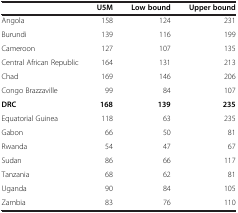
<table><thead><tr><td><b> </b></td><td><b>U5M</b></td><td><b>Low bound</b></td><td><b>Upper bound</b></td></tr></thead><tbody><tr><td>Angola</td><td>158</td><td>124</td><td>231</td></tr><tr><td>Burundi</td><td>139</td><td>116</td><td>199</td></tr><tr><td>Cameroon</td><td>127</td><td>107</td><td>135</td></tr><tr><td>Central African Republic</td><td>164</td><td>131</td><td>213</td></tr><tr><td>Chad</td><td>169</td><td>146</td><td>206</td></tr><tr><td>Congo Brazzaville</td><td>99</td><td>84</td><td>107</td></tr><tr><td><b>DRC</b></td><td><b>168</b></td><td><b>139</b></td><td><b>235</b></td></tr><tr><td>Equatorial Guinea</td><td>118</td><td>63</td><td>235</td></tr><tr><td>Gabon</td><td>66</td><td>50</td><td>81</td></tr><tr><td>Rwanda</td><td>54</td><td>47</td><td>67</td></tr><tr><td>Sudan</td><td>86</td><td>66</td><td>117</td></tr><tr><td>Tanzania</td><td>68</td><td>62</td><td>81</td></tr><tr><td>Uganda</td><td>90</td><td>84</td><td>105</td></tr><tr><td>Zambia</td><td>83</td><td>76</td><td>110</td></tr></tbody></table>